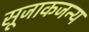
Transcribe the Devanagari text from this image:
सूजाकजन्य